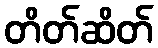
တိတ်ဆိတ်